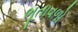
ભૂતાવળો